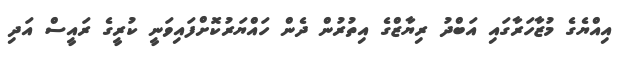
އިއްޔެގެ މުޒާހަރާގައި އަބްދު ރިޔާޒްގެ އިތުރުން ދެން ހައްޔަރުކޮށްފައިވަނީ ކުރީގެ ރައީސް އަދި